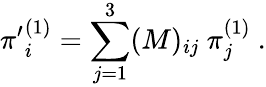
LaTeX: {\pi^{\prime}}_{i}^{(1)}=\sum_{j=1}^{3}(M)_{ij}~\pi_{j}^{(1)}~.